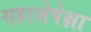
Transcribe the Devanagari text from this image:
सहाशेपेक्षा